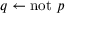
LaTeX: q \leftarrow \mathrm { n o t } ~ p